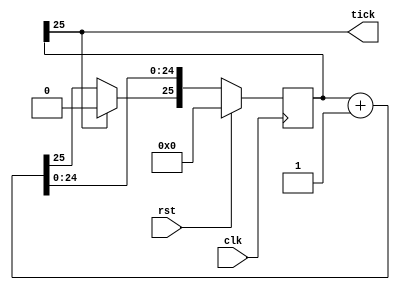
module frequency_divider_3 (
    input clk,
    input rst,
    output reg tick
  );
  
  
  
  reg [25:0] M_ctr_d, M_ctr_q = 1'h0;
  
  always @* begin
    M_ctr_d = M_ctr_q;
    
    tick = M_ctr_q[25+0-:1];
    M_ctr_d = M_ctr_q + 1'h1;
    if (M_ctr_q[25+0-:1] == 1'h1) begin
      M_ctr_d[25+0-:1] = 1'h0;
    end
  end
  
  always @(posedge clk) begin
    if (rst == 1'b1) begin
      M_ctr_q <= 1'h0;
    end else begin
      M_ctr_q <= M_ctr_d;
    end
  end
  
endmodule